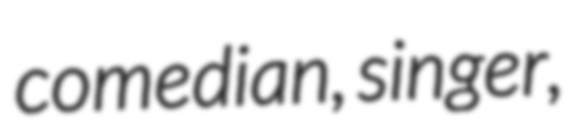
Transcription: comedian, singer,